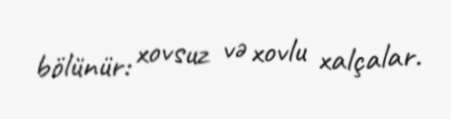
bölünür: xovsuz və xovlu xalçalar.